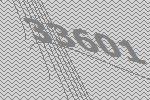
33601